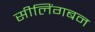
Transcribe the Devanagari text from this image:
सीलिंगबन